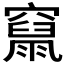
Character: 𥨥